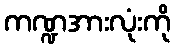
ကဏ္ဍအားလုံးကို